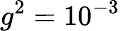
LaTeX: g^{2}=10^{-3}